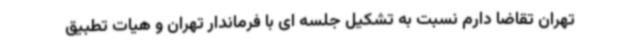
تهران تقاضا دارم نسبت به تشکیل جلسه ای با فرماندار تهران و هیات تطبیق